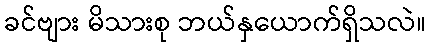
ခင်ဗျား မိသားစု ဘယ်နှယောက်ရှိသလဲ။